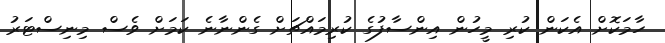
ހާމަކޮށް އެކަން ކުރި މީހުން އިންސާފުގެ ކުރިމައްޗަށް ގެންނާނެ ކަމަށް ވެސް މިނިސްޓަރު